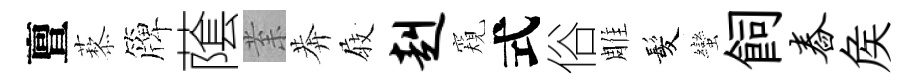
亶藜簰䕃𭪙莾𡲆赳窺式俗雕髪蠻飼舂矦